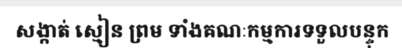
សង្កាត់ ស្មៀន ព្រម ទាំងគណៈកម្មការទទួលបន្ទុក